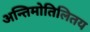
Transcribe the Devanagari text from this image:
अन्तिमोतिलितय